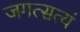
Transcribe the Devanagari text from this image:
जगत्सत्यं